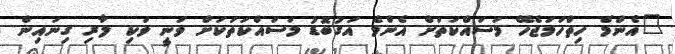
"އެންމެ ހިތްހަމަޖެހޭ މަސައްކަތަށް އެންމެ އަގުބޮޑު މަސައްކަތަކަށް ވަނީ ވަކި ލާރި ގިނައިން